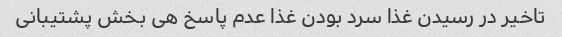
تاخیر در رسیدن غذا سرد بودن غذا عدم پاسخ هی بخش پشتیبانی